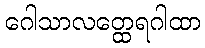
ဂေါသာလတ္ထေရဂါထာ